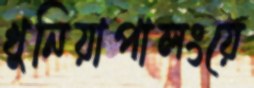
খুনিয়াপালংয়ে